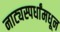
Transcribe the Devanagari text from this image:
नाट्यस्पर्धांमधून